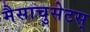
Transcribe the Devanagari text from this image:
मैसाचुसेटस्